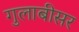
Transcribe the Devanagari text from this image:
गुलाबीसर